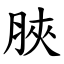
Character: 脥